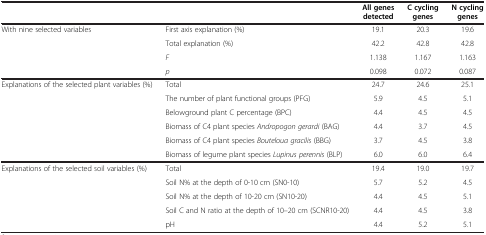
<table><thead><tr><td><b> </b></td><td><b> </b></td><td><b>All genes detected</b></td><td><b>C cycling genes</b></td><td><b>N cycling genes</b></td></tr></thead><tbody><tr><td>With nine selected variables</td><td>First axis explanation (%)</td><td>19.1</td><td>20.3</td><td>19.6</td></tr><tr><td> </td><td>Total explanation (%)</td><td>42.2</td><td>42.8</td><td>42.8</td></tr><tr><td> </td><td><i>F</i></td><td>1.138</td><td>1.167</td><td>1.163</td></tr><tr><td> </td><td><i>p</i></td><td>0.098</td><td>0.072</td><td>0.087</td></tr><tr><td>Explanations of the selected plant variables (%)</td><td>Total</td><td>24.7</td><td>24.6</td><td>25.1</td></tr><tr><td> </td><td>The number of plant functional groups (PFG)</td><td>5.9</td><td>4.5</td><td>5.1</td></tr><tr><td> </td><td>Belowground plant C percentage (BPC)</td><td>4.4</td><td>4.5</td><td>4.5</td></tr><tr><td> </td><td>Biomass of C4 plant species <i>Andropogon gerardi</i> (BAG)</td><td>4.4</td><td>3.7</td><td>4.5</td></tr><tr><td> </td><td>Biomass of C4 plant species <i>Bouteloua gracilis</i> (BBG)</td><td>3.7</td><td>4.5</td><td>3.8</td></tr><tr><td> </td><td>Biomass of legume plant species <i>Lupinus perennis</i> (BLP)</td><td>6.0</td><td>6.0</td><td>6.4</td></tr><tr><td>Explanations of the selected soil variables (%)</td><td>Total</td><td>19.4</td><td>19.0</td><td>19.7</td></tr><tr><td> </td><td>Soil N% at the depth of 0-10 cm (SN0-10)</td><td>5.7</td><td>5.2</td><td>4.5</td></tr><tr><td> </td><td>Soil N% at the depth of 10-20 cm (SN10-20)</td><td>4.4</td><td>4.5</td><td>5.1</td></tr><tr><td> </td><td>Soil C and N ratio at the depth of 10–20 cm (SCNR10-20)</td><td>4.4</td><td>4.5</td><td>3.8</td></tr><tr><td> </td><td>pH</td><td>4.4</td><td>5.2</td><td>5.1</td></tr></tbody></table>